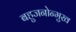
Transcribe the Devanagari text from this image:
बहुजनोन्मुख